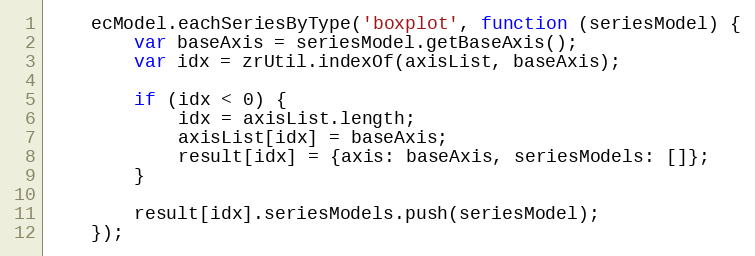
Language: JavaScript
    ecModel.eachSeriesByType('boxplot', function (seriesModel) {
        var baseAxis = seriesModel.getBaseAxis();
        var idx = zrUtil.indexOf(axisList, baseAxis);

        if (idx < 0) {
            idx = axisList.length;
            axisList[idx] = baseAxis;
            result[idx] = {axis: baseAxis, seriesModels: []};
        }

        result[idx].seriesModels.push(seriesModel);
    });